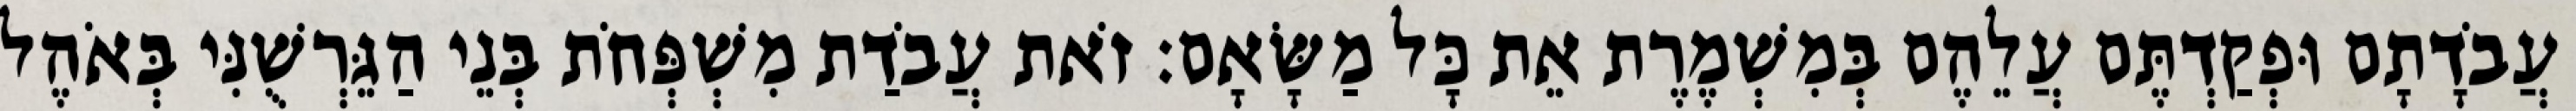
עֲבֹדָתָם וּפְקַדְתֶּם עֲלֵהֶם בְּמִשְׁמֶרֶת אֵת כָּל מַשָּׂאָם׃ זֹאת עֲבֹדַת מִשְׁפְּחֹת בְּנֵי הַגֵּרְשֻׁנִּי בְּאֹהֶל